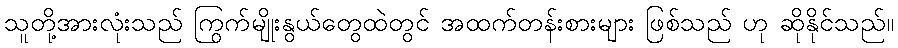
သူတို့အားလုံးသည် ကြွက်မျိုးနွယ်တွေထဲတွင် အထက်တန်းစားများ ဖြစ်သည် ဟု ဆိုနိုင်သည်။